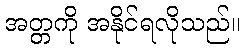
အတ္တကို အနိုင်ရလိုသည်။